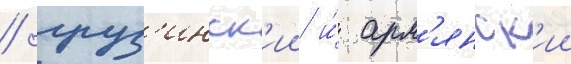
/ груз'инск'ии и́ арм'янск'ии